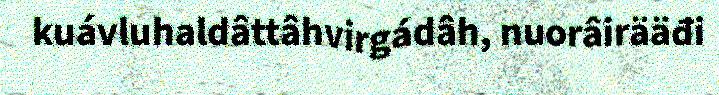
kuávluhaldâttâhvirgádâh, nuorâirääđi